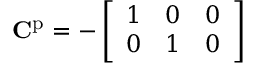
\mathbf { C } ^ { \mathrm { p } } = - \left[ \begin{array} { l l l } { 1 } & { 0 } & { 0 } \\ { 0 } & { 1 } & { 0 } \end{array} \right]